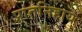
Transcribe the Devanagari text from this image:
प्रांतनिहाय